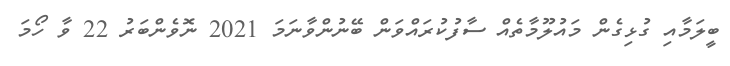
ބީލަމާއި ގުޅިގެން މައުލޫމާތެއް ސާފުކުރައްވަން ބޭނުންވާނަމަ 2021 ނޮވެންބަރު 22 ވާ ހޯމަ